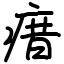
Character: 瘄